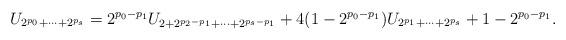
LaTeX: \begin{align*}U_{2^{p_0}+\cdots+2^{p_s}}=2^{p_0-p_1}U_{2+2^{p_2-p_1}+\cdots+2^{p_s-p_1}}+4(1-{2^{p_0-p_1}})U_{2^{p_1}+\cdots+2^{p_s}}+1-2^{p_0-p_1}.\\\end{align*}